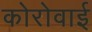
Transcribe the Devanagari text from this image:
कोरोवाई